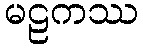
မဠကဿ